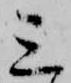
三